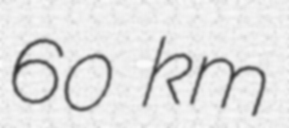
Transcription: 60 km